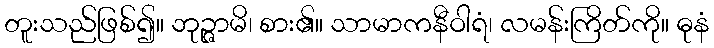
တူးသည်ဖြစ်၍။ ဘုဉ္ဇာမိ၊ စား၏။ သာမာကနီဝါရံ၊ လမန်းကြိတ်ကို။ ဓုနံ